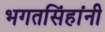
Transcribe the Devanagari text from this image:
भगतसिंहांनी